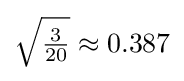
{\sqrt {\tfrac {3}{20}}}\approx 0.387